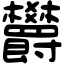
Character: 欝